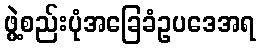
ဖွဲ့စည်းပုံအခြေခံဥပဒေအရ